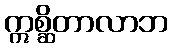
ဣစ္ဆိတာလာဘ